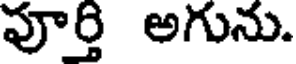
పూర్తి అగును.